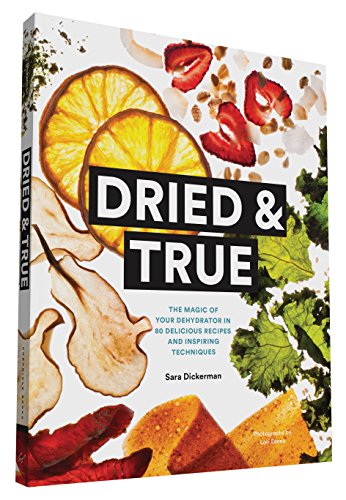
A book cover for Dried & True: The Magic of Your Dehydrator in 80 Delicious Recipes and Inspiring Techniques; Sara Dickerman; Cookbooks, Food & Wine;